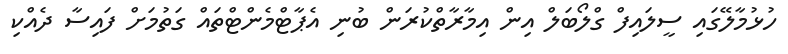
ހުޅުމާލޭގައި ސީލައިފް ގްލޯބަލް އިން އިމާރާތްކުރަން ބުނި އެޕާޓްމެންޓްތައް ގަތުމަށް ފައިސާ ދެއްކި